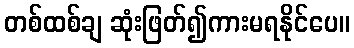
တစ်ထစ်ချ ဆုံးဖြတ်၍ကားမရနိုင်ပေ။